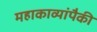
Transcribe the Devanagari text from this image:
महाकाव्यांपैकी